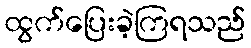
ထွက်ပြေးခဲ့ကြရသည်